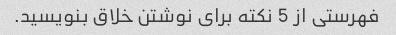
فهرستی از 5 نکته برای نوشتن خلاق بنویسید.